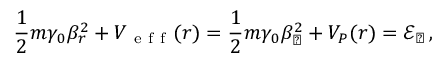
\frac { 1 } { 2 } m \gamma _ { 0 } \beta _ { r } ^ { 2 } + V _ { \mathrm { ~ e ~ f ~ f ~ } } ( r ) = \frac { 1 } { 2 } m \gamma _ { 0 } \beta _ { \perp } ^ { 2 } + V _ { P } ( r ) = \mathcal { E } _ { \perp } \, ,